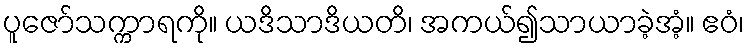
ပူဇော်သက္ကာရကို။ ယဒိသာဒိယတိ၊ အကယ်၍သာယာခဲ့အံ့။ ဧဝံ၊